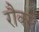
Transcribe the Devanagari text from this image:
रौक्स